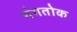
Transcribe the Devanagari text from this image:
गंगतोक